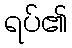
ရပ်၏